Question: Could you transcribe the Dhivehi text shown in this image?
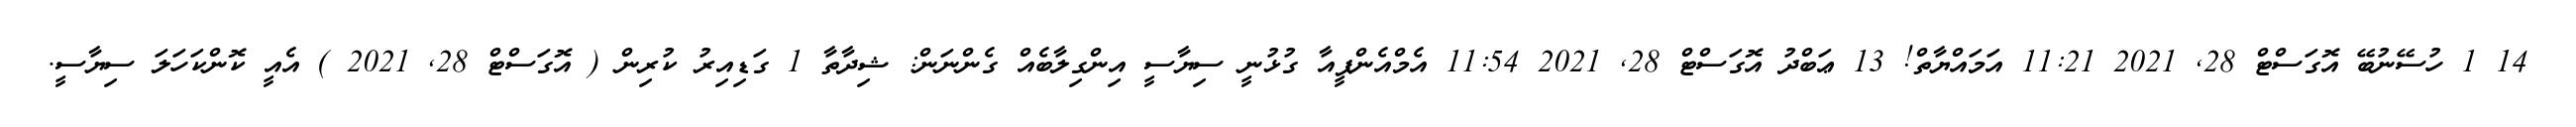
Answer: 14 1 ހުސޭނުބޭ އޮގަސްޓް 28, 2021 11:21 އަމައްޔާތް! 13 ޢަބްދު އޮގަސްޓް 28, 2021 11:54 އެމްއެންޕީއާ ގުޅުނީ ސިޔާސީ އިންގިލާބެއް ގެންނަން: ޝިދާތާ 1 ގަޑިއިރު ކުރިން ( އޮގަސްޓް 28, 2021 ) އެއީ ކޮންކަހަލަ ސިޔާސީ.